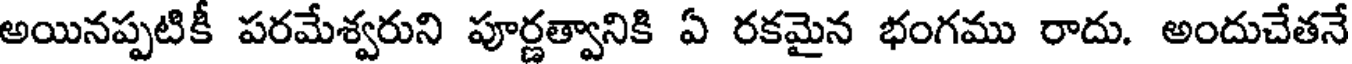
అయినప్పటికీ పరమేశ్వరుని పూర్ణత్వానికి ఏ రకమైన భంగము రాదు. అందుచేతనే